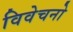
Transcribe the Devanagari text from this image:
विवेचनो